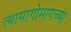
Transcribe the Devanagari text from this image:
त्यामागोमागच्या